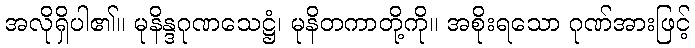
အလိုရှိပါ၏။ မုနိန္ဒဂုဏသေဋ္ဌံ၊ မုနိတကာတို့ကို။ အစိုးရသော ဂုဏ်အားဖြင့်